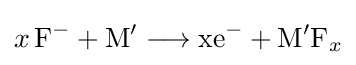
{x\,\mathrm {F} {\vphantom {A}}^{-}{}+{}\mathrm {M} {\vphantom {A}}^{\prime }{}\mathrel {\longrightarrow } {}\mathrm {xe} {\vphantom {A}}^{-}{}+{}\mathrm {M} {\vphantom {A}}^{\prime }\mathrm {F} {\vphantom {A}}_{\smash[{t}]{x}}}